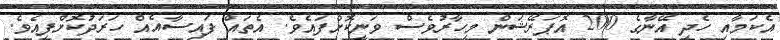
އެކަމާއި ހެދި އޭނާގެ 200 އޮޕަރޭޝަން މިހާރުވެސް ވަނީކޮށްފައެވެ. އެތައް ފައިސާއެއް ހަރަދުކޮށްފިއެވެ.